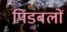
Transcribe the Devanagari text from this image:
पिंडबलों